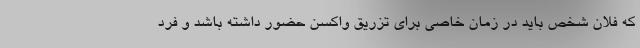
که فلان شخص باید در زمان خاصی برای تزریق واکسن حضور داشته باشد و فرد